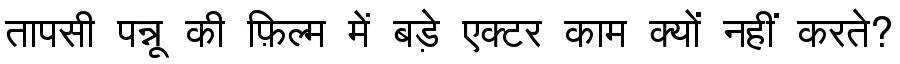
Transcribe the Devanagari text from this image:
तापसी पन्नू की फ़िल्म में बड़े एक्टर काम क्यों नहीं करते?